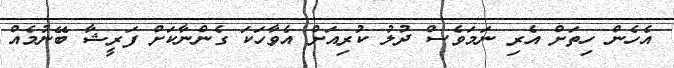
އެހެން ހިތަށް އެރި ނަމަވެސް ދުލު ކުރިއަށް އެވާހަކަ ގެންނާކަށް ފަރީޝާ ބޭނުމެއް